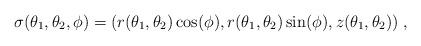
LaTeX: \begin{align*} \sigma(\theta_1,\theta_2,\phi)=(r(\theta_1,\theta_2)\cos(\phi),r(\theta_1,\theta_2)\sin(\phi),z(\theta_1,\theta_2))\;,\end{align*}